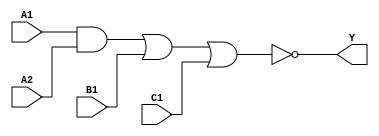
module sky130_fd_sc_hd__a211oi_1 (
    Y ,
    A1,
    A2,
    B1,
    C1
);
    output Y ;
    input  A1;
    input  A2;
    input  B1;
    input  C1;
    wire and0_out  ;
    wire nor0_out_Y;
    and and0 (and0_out  , A1, A2          );
    nor nor0 (nor0_out_Y, and0_out, B1, C1);
    buf buf0 (Y         , nor0_out_Y      );
endmodule